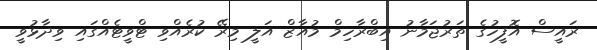
ރައީސް އޮފީހުގެ ތަރުޖަމާނު އިބްރާހިމް މުއާޒް އަލީ މިރޭ ކުރެއްވި ޓްވީޓެއްގައި ވިދާޅުވީ